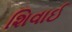
શિવાઈ